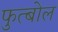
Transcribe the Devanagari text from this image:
फुत्बोल